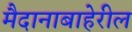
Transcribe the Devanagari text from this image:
मैदानाबाहेरील